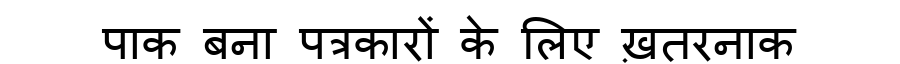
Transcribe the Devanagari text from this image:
पाक बना पत्रकारों के लिए ख़तरनाक